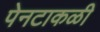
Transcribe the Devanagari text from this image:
पेनटाकळी